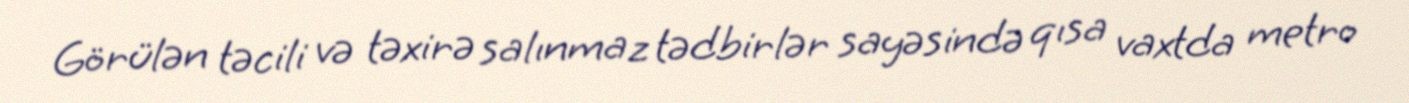
Görülən təcili və təxirə salınmaz tədbirlər sayəsində qısa vaxtda metro